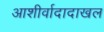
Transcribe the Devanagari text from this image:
आशीर्वादादाखल